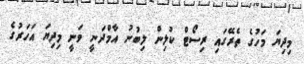
މިދިޔަ މަހުގެ ތެރޭގައި ރިސޯޓް ކުލިން ލިބުނު އާމްދަނީ ވަނީ މިދިޔަ އަހަރުގެ